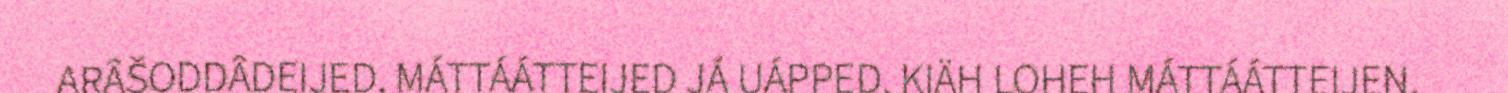
ARÂŠODDÂDEIJED, MÁTTÁÁTTEIJED JÁ UÁPPED, KIÄH LOHEH MÁTTÁÁTTEIJEN.